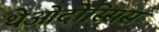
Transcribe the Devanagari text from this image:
थेओदोस्सिस